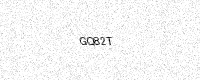
Text: GQ82T